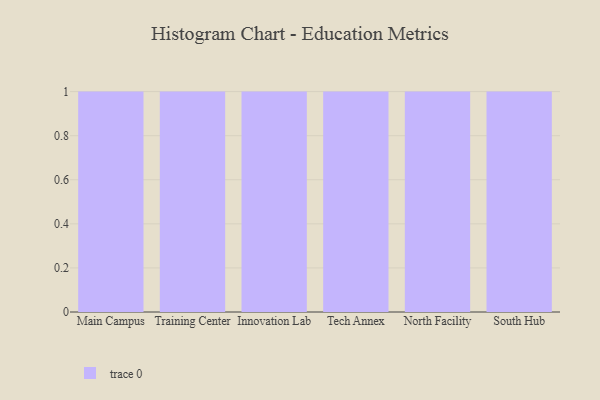
{"axis": {"x": "Campus", "y": "Latency (ms)"}, "legend": [""], "data": [{"x": "Main Campus", "y": 83, "type": ""}, {"x": "Training Center", "y": 76, "type": ""}, {"x": "Innovation Lab", "y": 73, "type": ""}, {"x": "Tech Annex", "y": 58, "type": ""}, {"x": "North Facility", "y": 78, "type": ""}, {"x": "South Hub", "y": 82, "type": ""}]}